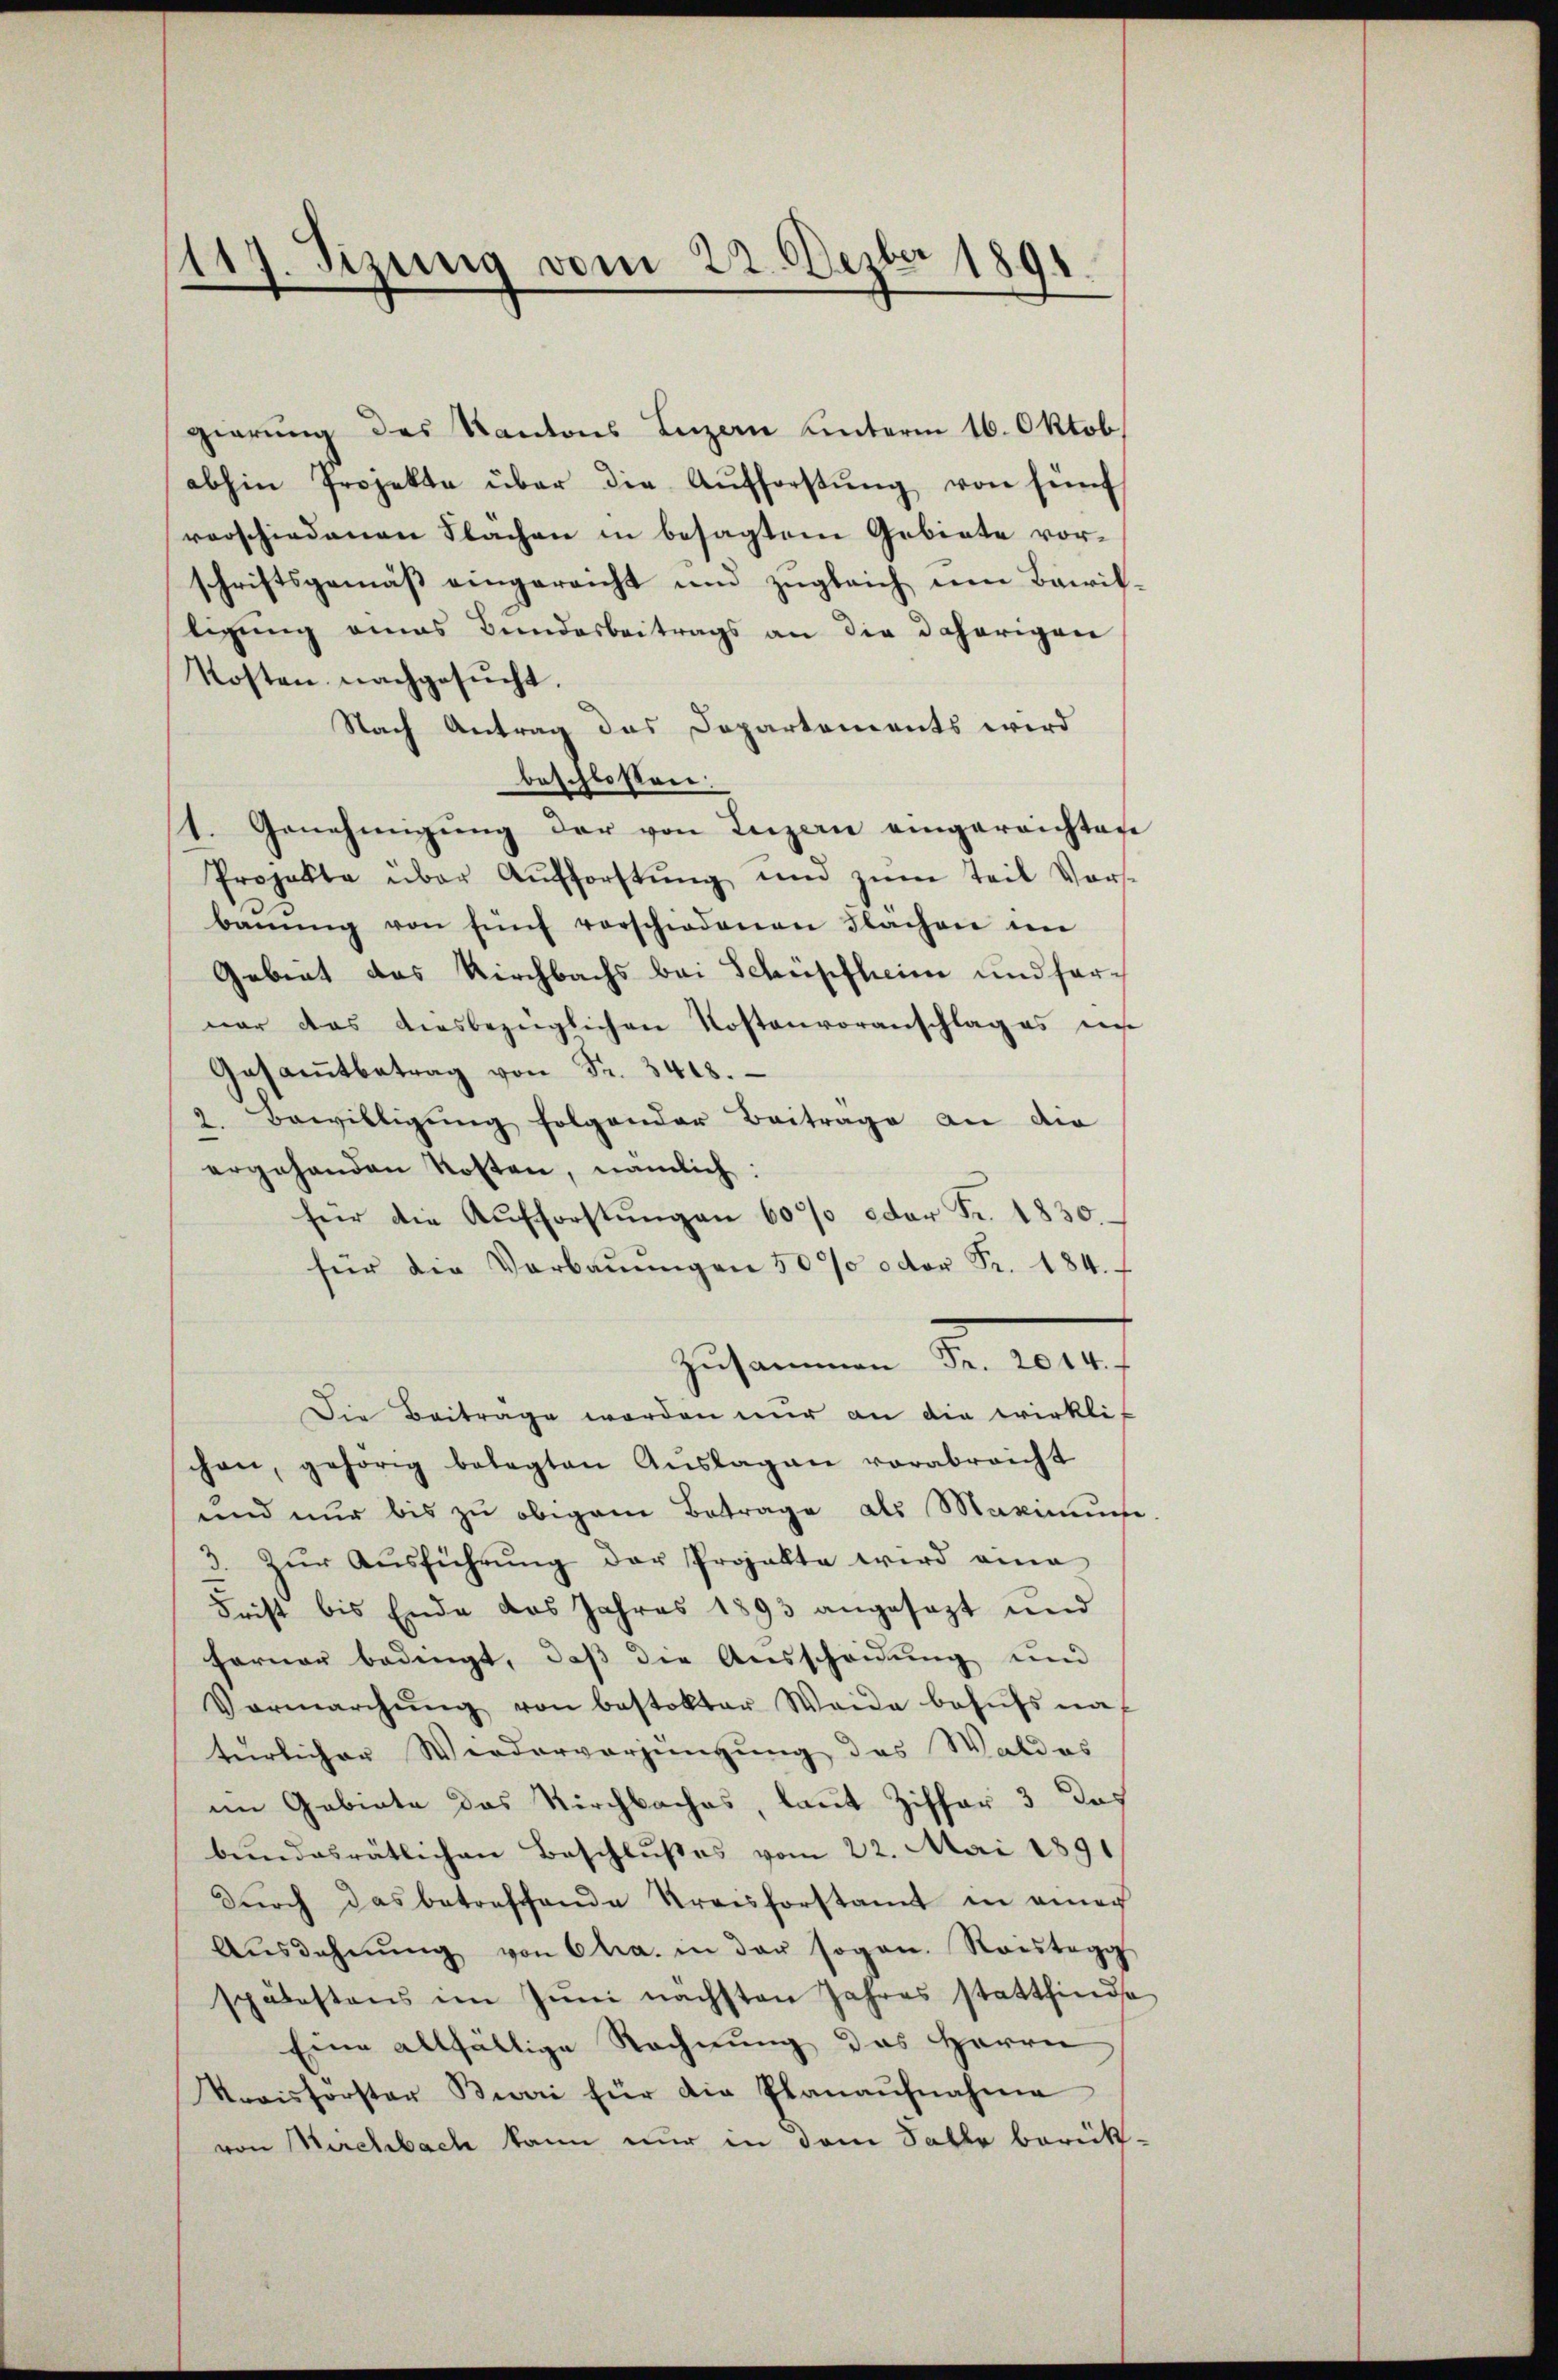
117. Sizung vom 22. Dezbr 1891.

gierung des Kantons Luzern unterm 16. Oktob.
abhin Projekte über die Aufforstŭng von fünf
verschiedenen Flachen in besagtem Gebiete vorschriftsgemäß eingereicht und zugleich um Barrikligung eines Bundesbeitrags an die daherigen
Kosten nachgesŭcht.
Nach Antrag das Departements wird
beschlossen:
1. Genehmigŭng der von Luzern eingereichten
Projekte über Aufforstung und zum Teil Vorsbaŭŭng von fünf verschiedenen Flachen in
Gebiet das Kirchbachs bei Schüpfheim und forwar das ausbezüglichen Kostenvoranschlag es in
Gesamtbetrag von Fr. 3418.
2. Bewilligung folgender Beitrage an die
ergehenden Kosten, nämlich:
heer die Aufforstŭngen 6000 oder Fr. 1830.
für die Verbaŭŭngen 50% odor Fr. 184.
Zusammen. Nr. 200f
Die Beitrage werden nur an die wirkli
chen, gehörig betagten Aŭslagen vorabreicht
und nur bis zu obigem Betrage als Maximus
3. Zŭr Aŭsführŭng der Projekte wird eine
Frist bis Ende das Jahres 1893 angesezt und
Ferner bedingt, daß die Ausscheidung und
Vermarchŭng von bestokter Weide behŭfs nat
türlicher Wiederverjüngung des Waldes
im Gebiete das Kirchbaches, laut Ziffer 3 das
bundesrätlichen Beschlußes vom 22. Mai 1891
dŭrch das betreffende Kreisforstamt in einer
Aŭsdahnŭng von Chra. in der sogan. Reistegg
spätestens im Jŭni nächsten Jahres stattfinde
Eine allfällige Rechnung des Herrn
Kreisförster Bieri für die Planaŭfnahme
von Machbach kann nur in dem Falle berück-